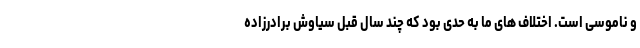
و ناموسی است. اختلاف های ما به حدی بود که چند سال قبل سیاوش برادرزاده